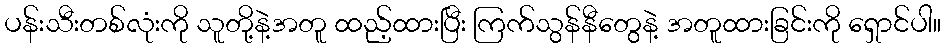
ပန်းသီးတစ်လုံးကို သူတို့နဲ့အတူ ထည့်ထားပြီး ကြက်သွန်နီတွေနဲ့ အတူထားခြင်းကို ရှောင်ပါ။